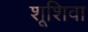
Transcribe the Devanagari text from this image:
शूशिवा